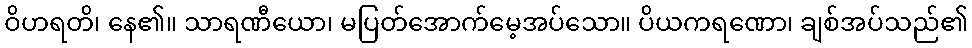
ဝိဟရတိ၊ နေ၏။ သာရဏီယော၊ မပြတ်အောက်မေ့အပ်သော။ ပိယကရဏော၊ ချစ်အပ်သည်၏